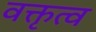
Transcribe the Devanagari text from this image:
वक्तृत्‍व